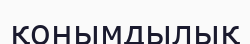
қонымдылық